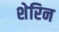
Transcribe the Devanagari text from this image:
शेरिन